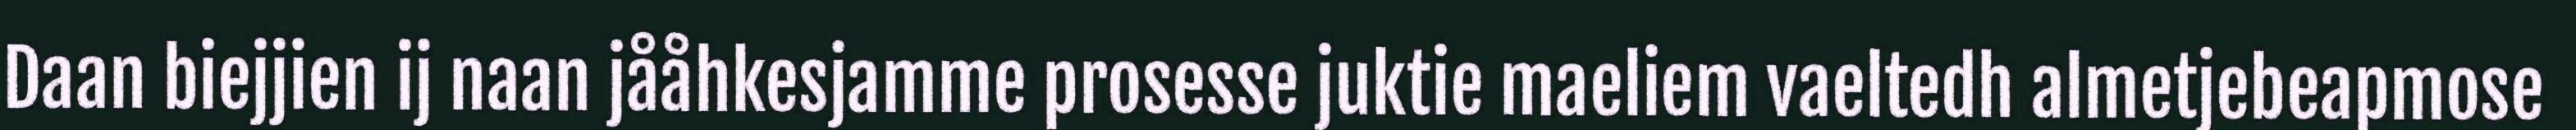
Daan biejjien ij naan jååhkesjamme prosesse juktie maeliem vaeltedh almetjebeapmose